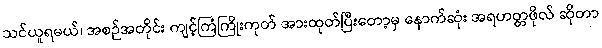
သင်ယူရမယ်၊ အစဉ်အတိုင်း ကျင့်ကြံကြိုးကုတ် အားထုတ်ပြီးတော့မှ နောက်ဆုံး အရဟတ္တဖိုလ် ဆိုတာ